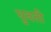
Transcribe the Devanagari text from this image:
घुनती